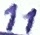
Text: 11